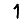
Digit: 1